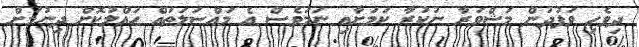
ދިވެހި ވަފުދުން މަޝްވަރާ ނުކުރާ ކަމަށާއި ނަމަވެސް އެ މައްސަލަތައް ހައްލުކޮށް ދިނުމަށް